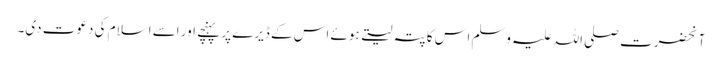
آنحضرت صلی اللہ علیہ وسلم اس کا پتہ لیتے ہوئے اس کے ڈیرے پر پہنچے اور اسے اسلام کی دعوت دی۔